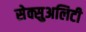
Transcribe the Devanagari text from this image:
सेक्सुअलिटी